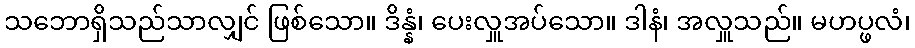
သဘောရှိသည်သာလျှင် ဖြစ်သော။ ဒိန္နံ၊ ပေးလှူအပ်သော။ ဒါနံ၊ အလှူသည်။ မဟပ္ဖလံ၊